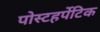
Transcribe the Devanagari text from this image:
पोस्टहर्पेटिक